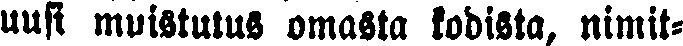
uusi muistutus omasta kodista, nimit-